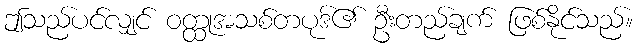
ဤသည်ပင်လျှင် ဝတ္ထုအသစ်တပုဒ်၏ ဦးတည်ချက် ဖြစ်နိုင်သည်။